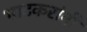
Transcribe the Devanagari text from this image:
भाटकरांनी